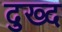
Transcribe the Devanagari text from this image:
दुख्द